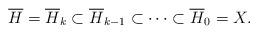
LaTeX: \begin{align*} \overline{H}= \overline{H}_k\subset \overline{H}_{k-1}\subset \cdots \subset \overline{H}_0=X. \end{align*}